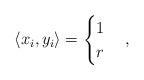
LaTeX: \begin{align*} \langle x_i, y_i\rangle =\begin{cases}1 \\ r \end{cases},\end{align*}